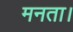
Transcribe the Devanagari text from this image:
मनता।